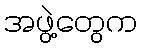
အဖွဲ့တွေက